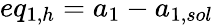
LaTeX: eq_{1,h}={a_{1}}-{a_{1,sol}}